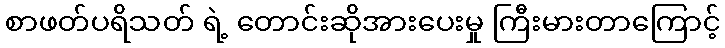
စာဖတ်ပရိသတ် ရဲ့ တောင်းဆိုအားပေးမှု ကြီးမားတာကြောင့်